Madras plague regulations in force outside the Presidency town - Volume 1
Disease focus: Plague
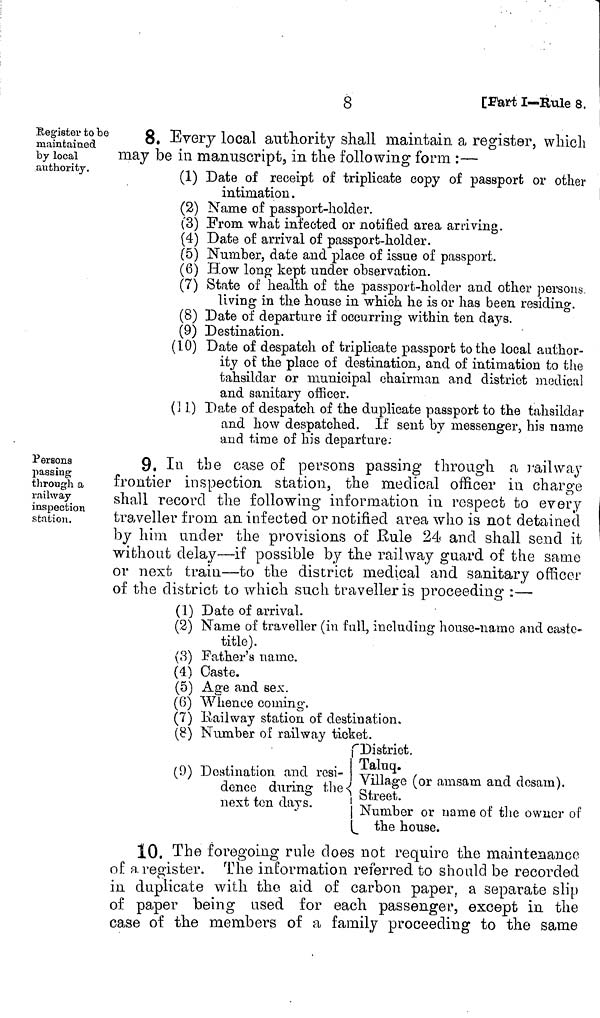
8
[Part I—Rule 8.